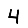
Digit: 4